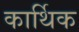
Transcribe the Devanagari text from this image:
कार्थिक